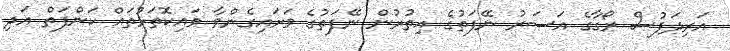
އަރިދަފުސް ރޯގާގެ އަސަރު ނޭފަތުގެ އިތުރުން ނޭފަތުގެ ވަށައިގެންވާ ވައިކޮތަޅުތައް ކަންފަތް އަދި